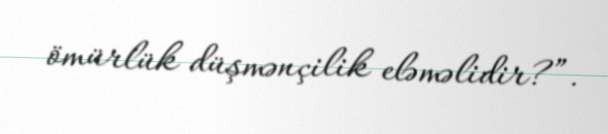
ömürlük düşmənçilik eləməlidir?”.